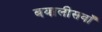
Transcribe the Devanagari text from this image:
बयालीसवाँ